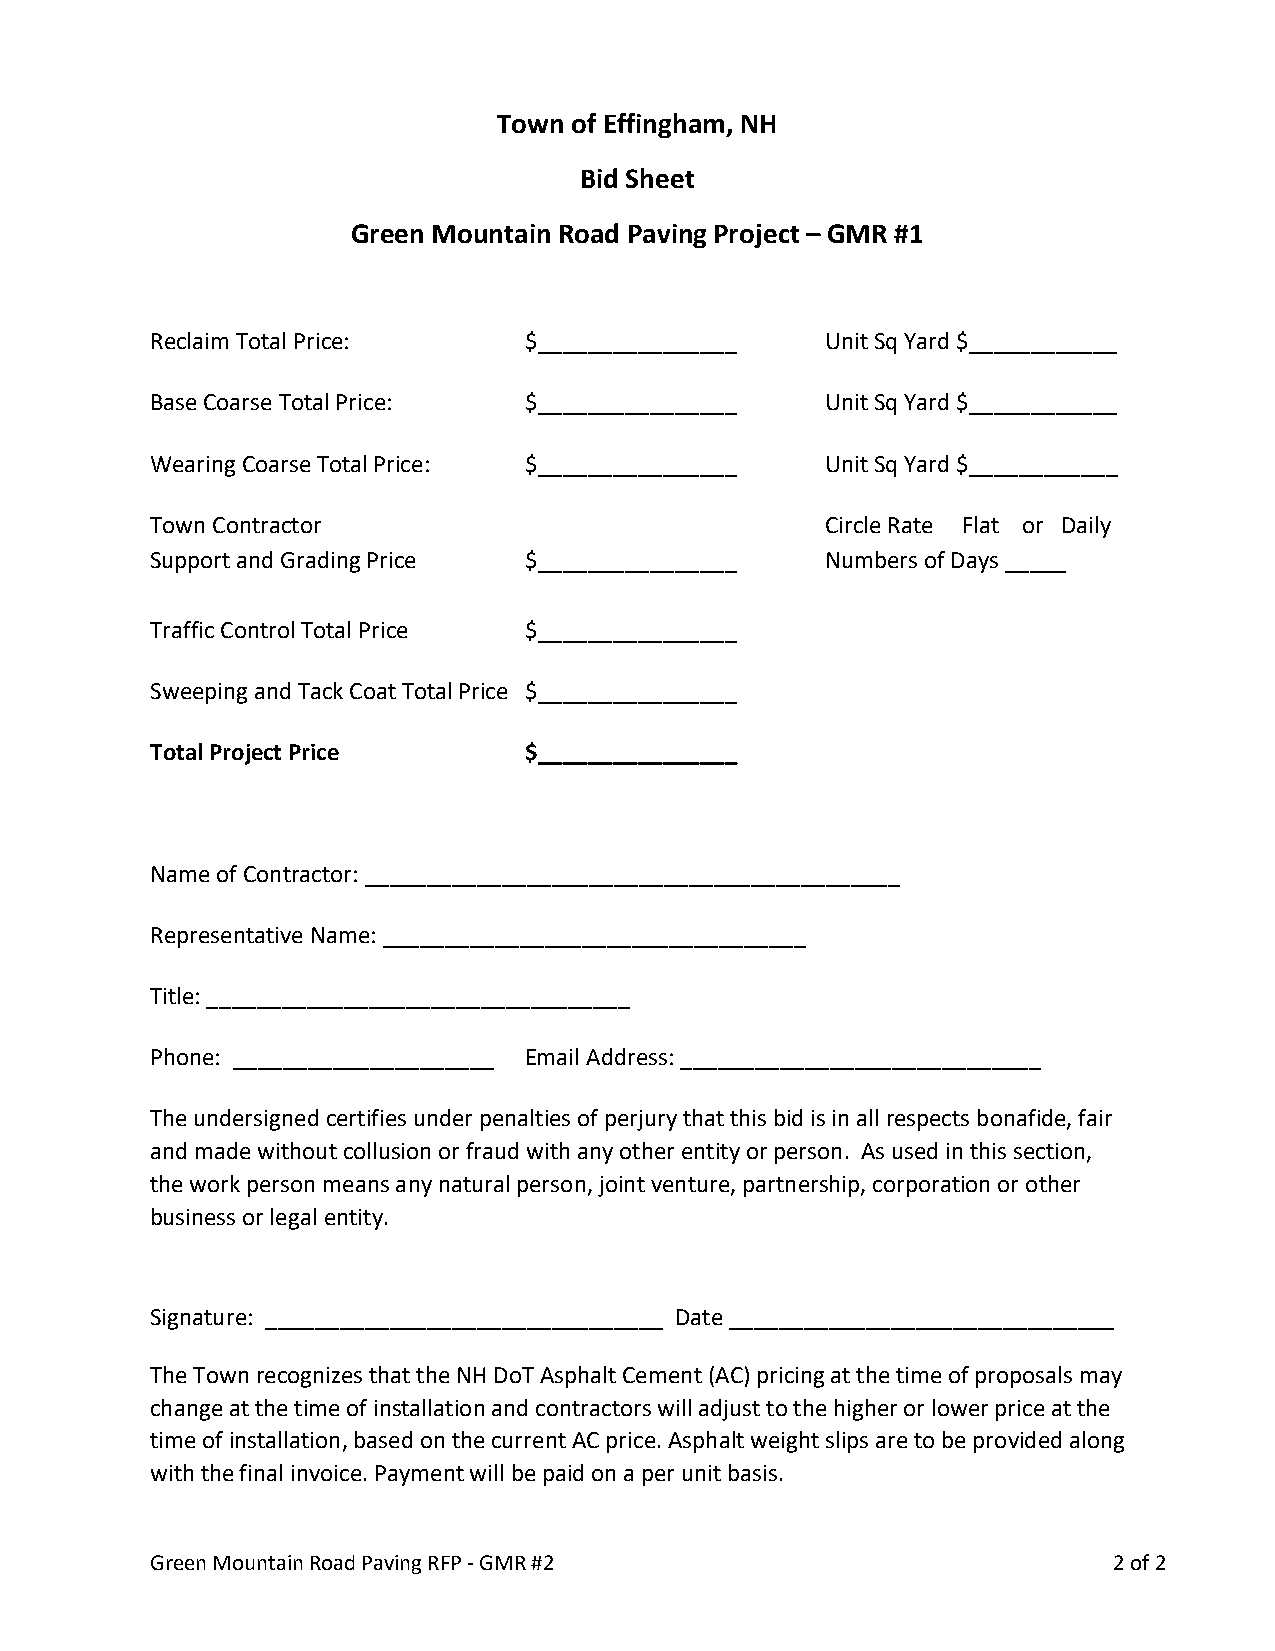
Town of Effingham, NH
 Bid Sheet
 Green Mountain Road Paving Project – GMR #1
 Reclaim Total Price:     $________________   Unit Sq Yard $____________
 Base Coarse Total Price: $________________   Unit Sq Yard $____________
 Wearing Coarse Total Price: $________________ Unit Sq Yard $____________
 Town Contractor                              Circle Rate Flat or Daily
 Support and Grading Price $________________  Numbers of Days _____
 Traffic Control Total Price $________________
 Sweeping and Tack Coat Total Price $________________
 Total Project Price      $________________
 Name of Contractor: ___________________________________________
 Representative Name: __________________________________
 Title: __________________________________
 Phone: _____________________ Email Address: _____________________________
 The undersigned certifies under penalties of perjury that this bid is in all respects bonafide, fair
 and made without collusion or fraud with any other entity or person. As used in this section,
 the work person means any natural person, joint venture, partnership, corporation or other
 business or legal entity.
 Signature: ________________________________ Date _______________________________
 The Town recognizes that the NH DoT Asphalt Cement (AC) pricing at the time of proposals may
 change at the time of installation and contractors will adjust to the higher or lower price at the
 time of installation, based on the current AC price. Asphalt weight slips are to be provided along
 with the final invoice. Payment will be paid on a per unit basis.
 Green Mountain Road Paving RFP - GMR #2                         2 of 2